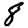
Digit: 8